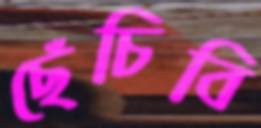
ছেঁচিবি